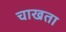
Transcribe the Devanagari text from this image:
चाखता